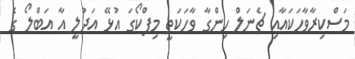
މަސްކިރާވާހަކައާއި ޗެނަލްް ހިންގާ ވާހަކަތީ މިފްކޯގަ އުޅޭ އަދުލީ އާ އަބްލޯ ގެ